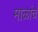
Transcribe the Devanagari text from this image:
माळांचे